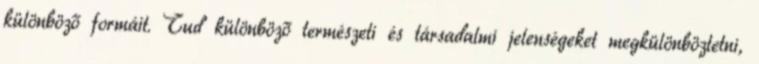
különböző formáit. Tud különböző természeti és társadalmi jelenségeket megkülönböztetni,